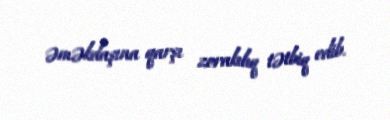
əməkdaşına qarşı zorakılıq tətbiq edib.